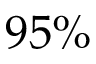
9 5 \%